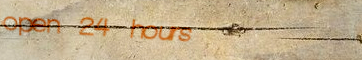
open 24 hours